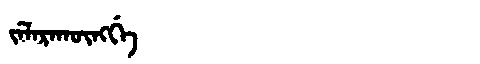
Manchu: ᠵᡝᠯᠠᡵᠠᡴᡡᠩᡤᡝ
Romanization: JELARAKŪNGGE